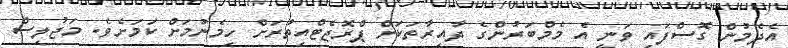
އެދެމުން ގޮސްފައި ވަނީ އެ މެމްބަރުންގެ ދާއިރާތަކަށް ޕްރޮޖެޓްއިތުރަށް ހިމެނުމަަށް ކަމަށެވެ. މަޖުލިސް